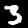
Digit: 3